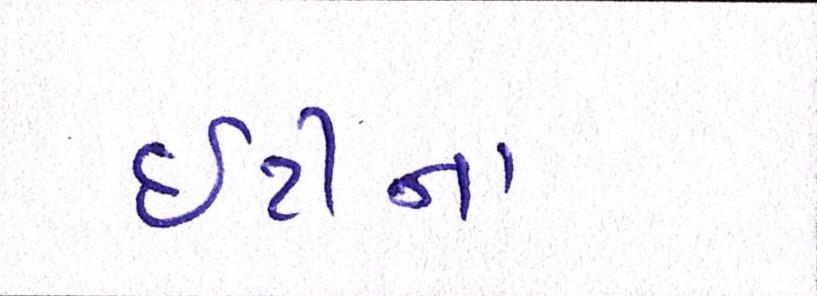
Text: ઇટીના